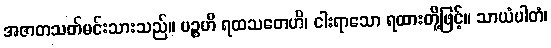
အဇာတသတ်မင်းသားသည်။ ပဉ္စဟိ ရထသတေဟိ၊ ငါးရာသော ရထားတို့ဖြင့်။ သာယံပါတံ၊